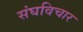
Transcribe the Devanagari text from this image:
संघविचार